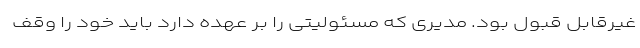
غیرقابل قبول بود. مدیری که مسئولیتی را بر عهده دارد باید خود را وقف